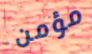
مؤمن